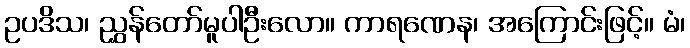
ဥပဒိသ၊ ညွှန်တော်မူပါဦးလော။ ကာရဏေန၊ အကြောင်းဖြင့်။ မံ၊